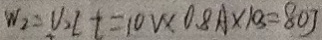
w _ { 2 } = v _ { 2 } I t = 1 0 v \times 0 . 8 A \times 1 8 = 8 0 J